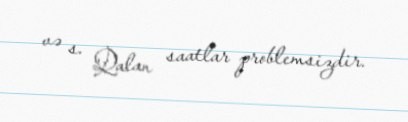
və s. Qalan saatlar problemsizdir.